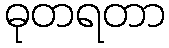
ဓုတရတာ